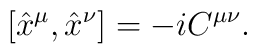
[\hat{x}^\mu ,\hat{x}^\nu ]=-iC^{\mu\nu}.